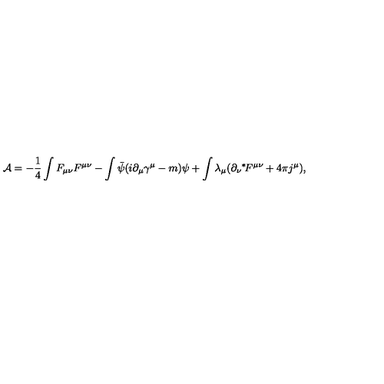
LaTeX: { \cal A } = - \frac { 1 } { 4 } \int F _ { \mu \nu } F ^ { \mu \nu } - \int \bar { \psi } ( i \partial _ { \mu } \gamma ^ { \mu } - m ) \psi + \int \lambda _ { \mu } ( \partial _ { \nu } \mathrm { } ^ { * } \! F ^ { \mu \nu } + 4 \pi j ^ { \mu } ) ,